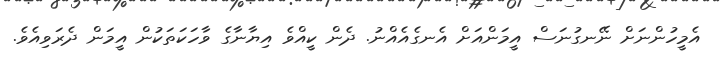
އެމީހުންނަށް ނޭނގުނަސް އީމަންއަށް އެނގެއެއްނު. ދެން ކީއްވެ އިޔާނާގެ ވާހަކަތަކުން އީމަން ދެރަވިއެވެ.